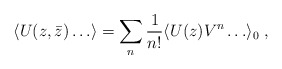
\begin{align*}\langle U(z,\bar z) \ldots \rangle= \sum_n {1\over{n!}} \langle U(z) V^n \ldots \rangle_0\;,\end{align*}